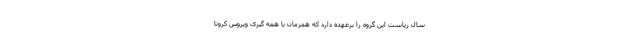
سال ریاست این گروه را برعهده دارد که همزمان با همه گیری ویروس کرونا